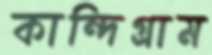
কান্দিগ্রাম